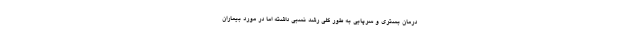
درمان بستری و سرپایی به طور کلی رشد نسبی داشته اما در مورد بیماران